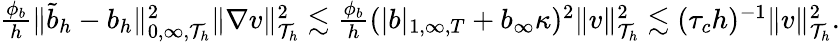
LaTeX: \begin{array}{r}{\frac{\phi_{b}}{h}\| {\widetilde{b}}_{h}-b_{h}\| _{0,\infty,\mathcal{T}_{h}}^{2}\| \nabla v\| _{\mathcal{T}_{h}}^{2}\lesssim\frac{\phi_{b}}{h}(|b|_{1,\infty,T}+b_{\infty}\kappa)^{2}\| v\| _{\mathcal{T}_{h}}^{2}\lesssim(\tau_{c}h)^{-1}\| v\| _{\mathcal{T}_{h}}^{2}.}\end{array}